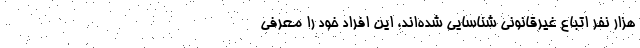
هزار نفر اتباع غیرقانونی شناسایی شده‌اند، این افراد خود را معرفی